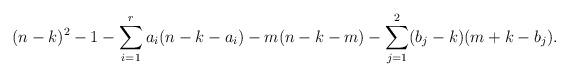
LaTeX: \begin{align*}(n-k)^2 - 1 - \sum_{i=1}^r a_i(n-k-a_i) - m(n-k-m) - \sum_{j=1}^2 (b_j - k)(m+k-b_j).\end{align*}